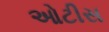
ઓટીસ